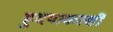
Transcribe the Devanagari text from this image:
ह्रुदयाकाशीं